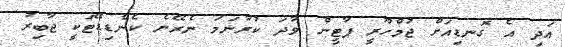
އަދި އެ ގޮނޑިއަށް ޖުމްހޫރީ ޕާޓީން ވާދަ ކުރާނަމަ ނެރޭނެ ކެންޑިޑޭޓަކީ ޖާބިރު